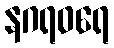
နဂရဝရေ